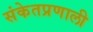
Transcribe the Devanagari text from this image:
संकेतप्रणाली